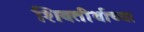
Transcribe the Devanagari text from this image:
शिवतीर्थाच्या